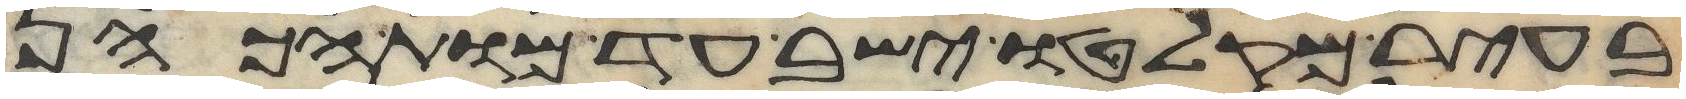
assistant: בעיר מקלטו ישב עד מות הכהן